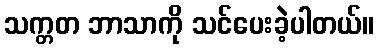
သက္တတ ဘာသာကို သင်ပေးခဲ့ပါတယ်။